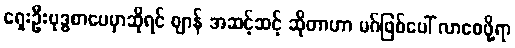
ရှေးဦးဗုဒ္ဓစာပေမှာဆိုရင် ဈာန် အဆင့်ဆင့် ဆိုတာဟာ မဂ်ဖြစ်ပေါ် လာစေဖို့ရာ